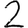
Digit: 2